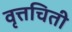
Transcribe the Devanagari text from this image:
वृत्तचिती